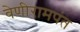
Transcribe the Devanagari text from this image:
वेणीरामपंत